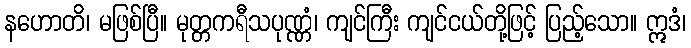
နဟောတိ၊ မဖြစ်ပြီ။ မုတ္တကရီသပုဏ္ဏံ၊ ကျင်ကြီး ကျင်ငယ်တို့ဖြင့် ပြည့်သော။ ဣဒံ၊